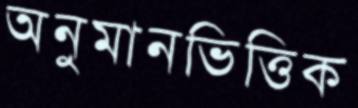
অনুমানভিত্তিক